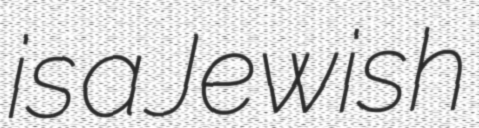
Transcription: is a Jewish